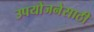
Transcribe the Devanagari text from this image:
उपयोजनेसाठी